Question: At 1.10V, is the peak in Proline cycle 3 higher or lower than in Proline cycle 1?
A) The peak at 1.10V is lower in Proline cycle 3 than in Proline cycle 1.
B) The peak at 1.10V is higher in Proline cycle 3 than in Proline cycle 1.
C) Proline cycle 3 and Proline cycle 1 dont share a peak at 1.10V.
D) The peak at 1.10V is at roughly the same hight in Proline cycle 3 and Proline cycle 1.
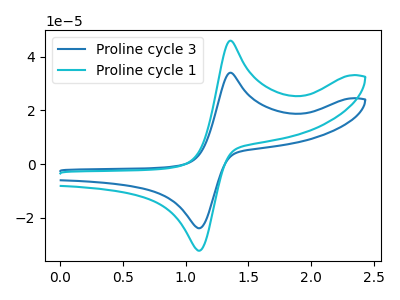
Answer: <think>The blue curve "Proline cycle 3" has an anodic peak at (1.35V, 34.10uA) and a cathodic peak at (1.10V, -23.90uA). The cyan curve "Proline cycle 1" has an anodic peak at (1.35V, 46.05uA) and a cathodic peak at (1.10V, -32.25uA).</think>
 <answer>A) The peak at 1.10V is lower in "Proline cycle 3" than in "Proline cycle 1".</answer>
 <eval>A</eval>